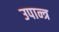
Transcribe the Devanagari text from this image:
उपान्त्र